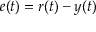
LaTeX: e ( t ) = r ( t ) - y ( t )